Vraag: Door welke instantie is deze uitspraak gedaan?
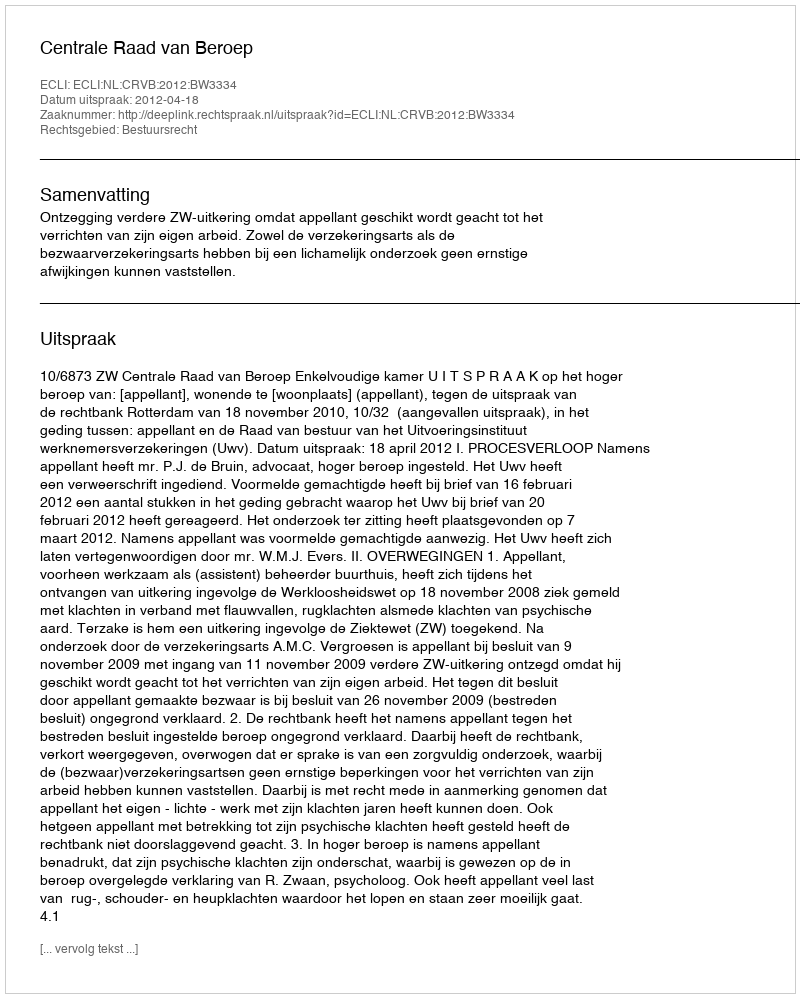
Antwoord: Centrale Raad van Beroep